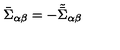
\bar { \Sigma } _ { \alpha \beta } = - \tilde { \bar { \Sigma } } _ { \alpha \beta }